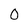
Character: 0